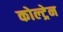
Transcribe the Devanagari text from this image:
कोल्ट्रेन